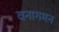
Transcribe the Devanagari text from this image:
वनागमन